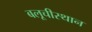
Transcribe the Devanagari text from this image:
बलूचीस्थान